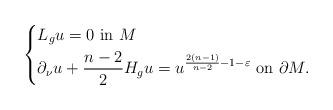
LaTeX: \begin{align*}\left\{\begin{aligned}&L_{g}u=0\ \hbox{in }M\\&{\partial_\nu}u+\frac{n-2}{2}H_{g}u= u^{ \frac{2(n-1)}{n-2}-1-\varepsilon} \ \hbox{on}\ \partial M.\end{aligned}\right.\end{align*}